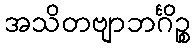
အသိတဗျာဘင်္ဂိဉ္စ